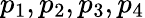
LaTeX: p_{1},p_{2},p_{3},p_{4}